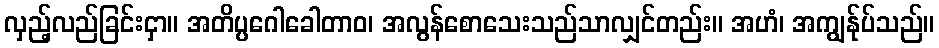
လှည့်လည်ခြင်းငှာ။ အတိပ္ပဂေါခေါတာဝ၊ အလွန်စောသေးသည်သာလျှင်တည်း။ အဟံ၊ အကျွန်ုပ်သည်။